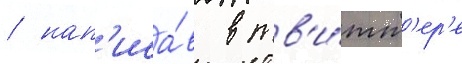
/ нап'иса́в в тв'и́тт'ер'е